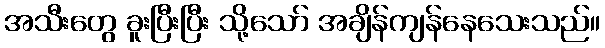
အသီးတွေ ခူးပြီးပြီး သို့သော် အချိန်ကျန်နေသေးသည်။